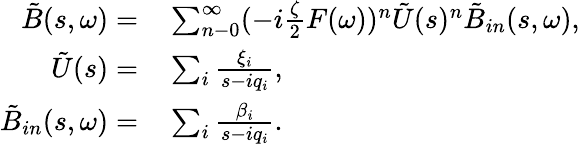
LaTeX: \begin{array}{rl}{\tilde{B}(s,\omega)=}&{{}\sum_{n-0}^{\infty}(-i\frac{\zeta}{2}F(\omega))^{n}\tilde{U}(s)^{n}\tilde{B}_{in}(s,\omega),}\\ {\tilde{U}(s)=}&{{}\sum_{i}\frac{\xi_{i}}{s-iq_{i}},}\\ {\tilde{B}_{in}(s,\omega)=}&{{}\sum_{i}\frac{\beta_{i}}{s-iq_{i}}.}\end{array}